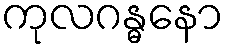
ကုလဂန္ဓနော